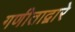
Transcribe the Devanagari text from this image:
गणीताद्वारे